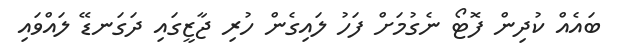
ބައެއް ކުދިން ފޮޓޯ ނެގުމަށް ފަހު ލައިގެން ހުރި ޖާޒީގައި ދަގަނޑޭ ލައްވައި